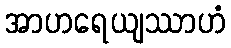
အာဟရေယျဿာဟံ